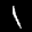
Label: 1